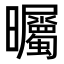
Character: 曯